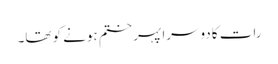
رات کا دوسرا پہر ختم ہونے کو تھا۔